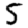
Digit: 5